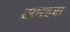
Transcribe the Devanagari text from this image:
समहरा